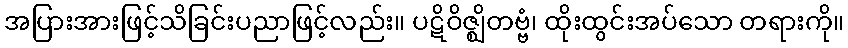
အပြားအားဖြင့်သိခြင်းပညာဖြင့်လည်း။ ပဋိဝိဇ္ဈိတဗ္ဗံ၊ ထိုးထွင်းအပ်သော တရားကို။